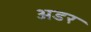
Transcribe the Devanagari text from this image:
अडर